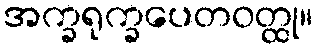
အက္ခရုက္ခပေတဝတ္ထု။